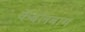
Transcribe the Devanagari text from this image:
केवलबाग